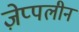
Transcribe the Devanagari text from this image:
ज़ेप्पलीन